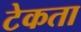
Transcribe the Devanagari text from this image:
टेकता